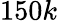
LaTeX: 150k